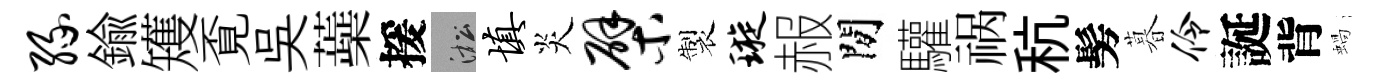
缘鍮矱覔吳蘃援淞填炎檗製璇赧閒驩祸秔髣暮伶誕背蝸